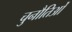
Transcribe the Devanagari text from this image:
चुनौतिओं